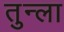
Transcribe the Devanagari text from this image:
तुन्ला